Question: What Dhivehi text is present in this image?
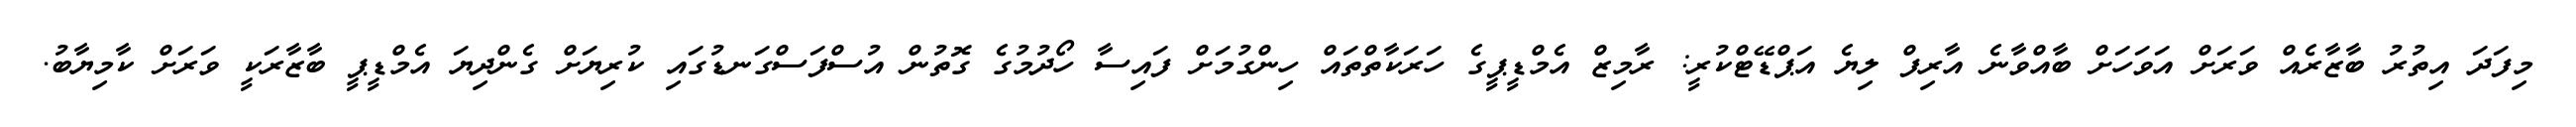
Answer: މިފަދަ އިތުރު ބާޒާރެއް ވަރަށް އަވަހަށް ބާއްވާނެ އާރިފް ލިޔެ އަޕްޑޭޓްކުރީ: ރާމިޒް އެމްޑީޕީގެ ހަރަކާތްތައް ހިންގުމަށް ފައިސާ ހޯދުމުގެ ގޮތުން އުސްފަސްގަނޑުގައި ކުރިޔަށް ގެންދިޔަ އެމްޑީޕީ ބާޒާރަކީ ވަރަށް ކާމިޔާބު.